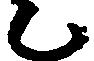
に